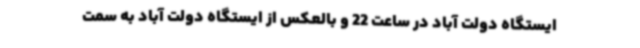
ایستگاه دولت آباد در ساعت 22 و بالعکس از ایستگاه دولت آباد به سمت